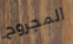
المجروح